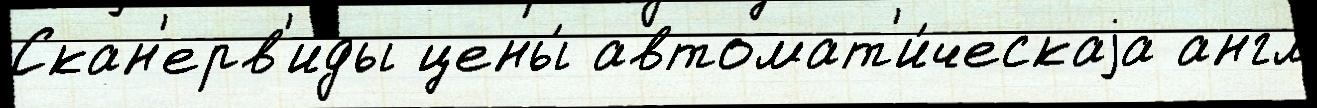
Скан'ерв'иды цены́ автомат'и́ческаjа англ